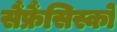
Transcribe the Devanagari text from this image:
सैंफ्रैंसिस्को